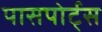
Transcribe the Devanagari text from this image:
पासपोर्ट्स